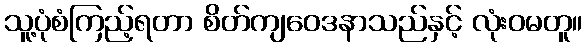
သူ့ပုံစံကြည့်ရတာ စိတ်ကျဝေဒနာသည်နှင့် လုံးဝမတူ။